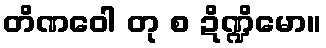
တိဏဝေါ တု စ ဍိဏ္ဍိမော။